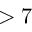
> 7